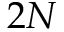
2 N